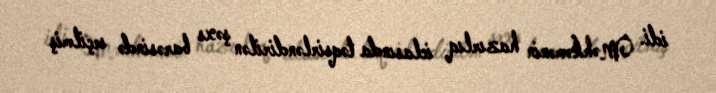
idi. Məhkəmənin hazırlıq iclasında təqsirləndirilən şəxs barəsində seçilmiş